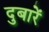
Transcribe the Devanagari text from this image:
दुबारें